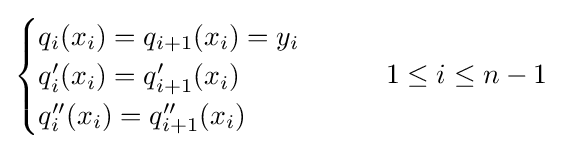
{\begin{cases}q_{i}(x_{i})=q_{i+1}(x_{i})=y_{i}\\q'_{i}(x_{i})=q'_{i+1}(x_{i})\\q''_{i}(x_{i})=q''_{i+1}(x_{i})\end{cases}}\qquad 1\leq i\leq n-1